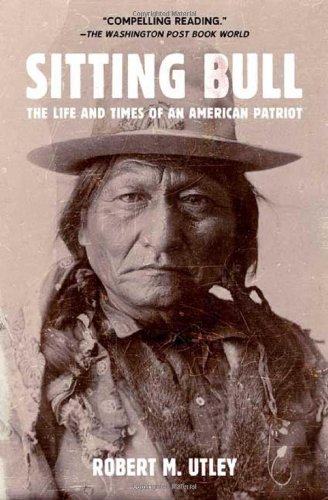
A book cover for Sitting Bull: The Life and Times of an American Patriot; Robert M. Utley; Biographies & Memoirs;